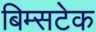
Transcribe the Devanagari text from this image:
बिम्सटेक